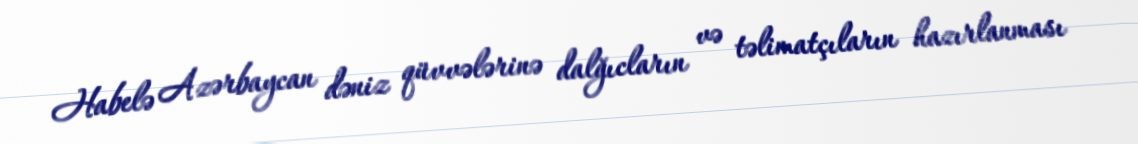
Habelə Azərbaycan dəniz qüvvələrinə dalğıcların və təlimatçıların hazırlanması